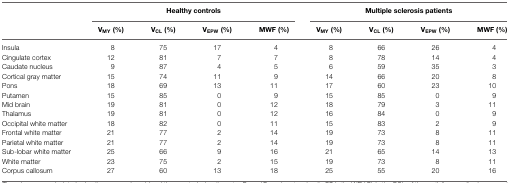
<table><thead><tr><td></td><td colspan="4"><b>Healthy controls</b></td><td colspan="4"><b>Multiple sclerosis patients</b></td></tr><tr><td></td><td><b>V<sub>MY</sub> (%)</b></td><td><b>V<sub>CL</sub> (%)</b></td><td><b>V<sub>EPW</sub> (%)</b></td><td><b>MWF (%)</b></td><td><b>V<sub>MY</sub> (%)</b></td><td><b>V<sub>CL</sub> (%)</b></td><td><b>V<sub>EPW</sub> (%)</b></td><td><b>MWF (%)</b></td></tr></thead><tbody><tr><td>Insula</td><td>8</td><td>75</td><td>17</td><td>4</td><td>8</td><td>66</td><td>26</td><td>4</td></tr><tr><td>Cingulate cortex</td><td>12</td><td>81</td><td>7</td><td>7</td><td>8</td><td>78</td><td>14</td><td>4</td></tr><tr><td>Caudate nucleus</td><td>9</td><td>87</td><td>4</td><td>5</td><td>6</td><td>59</td><td>35</td><td>3</td></tr><tr><td>Cortical gray matter</td><td>15</td><td>74</td><td>11</td><td>9</td><td>14</td><td>66</td><td>20</td><td>8</td></tr><tr><td>Pons</td><td>18</td><td>69</td><td>13</td><td>11</td><td>17</td><td>60</td><td>23</td><td>10</td></tr><tr><td>Putamen</td><td>15</td><td>85</td><td>0</td><td>9</td><td>15</td><td>85</td><td>0</td><td>9</td></tr><tr><td>Mid brain</td><td>19</td><td>81</td><td>0</td><td>12</td><td>18</td><td>79</td><td>3</td><td>11</td></tr><tr><td>Thalamus</td><td>19</td><td>81</td><td>0</td><td>12</td><td>16</td><td>84</td><td>0</td><td>9</td></tr><tr><td>Occipital white matter</td><td>18</td><td>82</td><td>0</td><td>11</td><td>15</td><td>83</td><td>2</td><td>9</td></tr><tr><td>Frontal white matter</td><td>21</td><td>77</td><td>2</td><td>14</td><td>19</td><td>73</td><td>8</td><td>11</td></tr><tr><td>Parietal white matter</td><td>21</td><td>77</td><td>2</td><td>14</td><td>19</td><td>73</td><td>8</td><td>11</td></tr><tr><td>Sub-lobar white matter</td><td>25</td><td>66</td><td>9</td><td>16</td><td>21</td><td>65</td><td>14</td><td>13</td></tr><tr><td>White matter</td><td>23</td><td>75</td><td>2</td><td>15</td><td>19</td><td>73</td><td>8</td><td>11</td></tr><tr><td>Corpus callosum</td><td>27</td><td>60</td><td>13</td><td>18</td><td>25</td><td>55</td><td>20</td><td>16</td></tr></tbody></table>